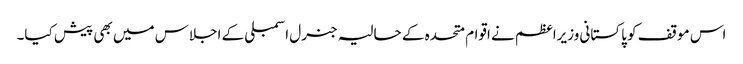
اس موقف کو پاکستانی وزیراعظم نے اقوام متحدہ کے حالیہ جنرل اسمبلی کے اجلاس میں بھی پیش کیا۔